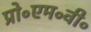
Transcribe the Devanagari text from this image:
प्रो॰एम॰वी॰